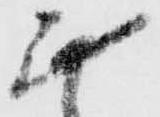
無